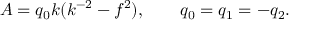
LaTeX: A = q _ { 0 } k ( k ^ { - 2 } - f ^ { 2 } ) , \ \ \ \ \ \ q _ { 0 } = q _ { 1 } = - q _ { 2 } .